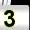
Digit: 3